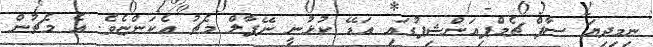
ނިމިދިޔަ ސާފް ޗެމްޕިއަންޝިޕުގައި އަޑޭ ކުޅުނީ ނޭޕާލް މެޗު އެކަންޏެވެ. އެ މެޗުން